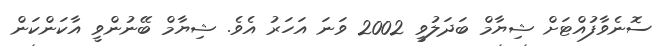
ސޮނެވާފުއްޓަށް ޝިޔާމް ބަދަލުވީ 2002 ވަނަ އަހަރު އެވެ. ޝިޔާމް ބޭނުންވީ އާކަންކަން